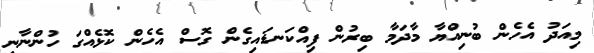
މިއަދު އެހެން ބުނިއްޔާ މާދަމާ ބިރުން ފިއްކަނޑައިގެން ގޮސް އެހެން ކޮޅެއްގަ ހުންނާނި